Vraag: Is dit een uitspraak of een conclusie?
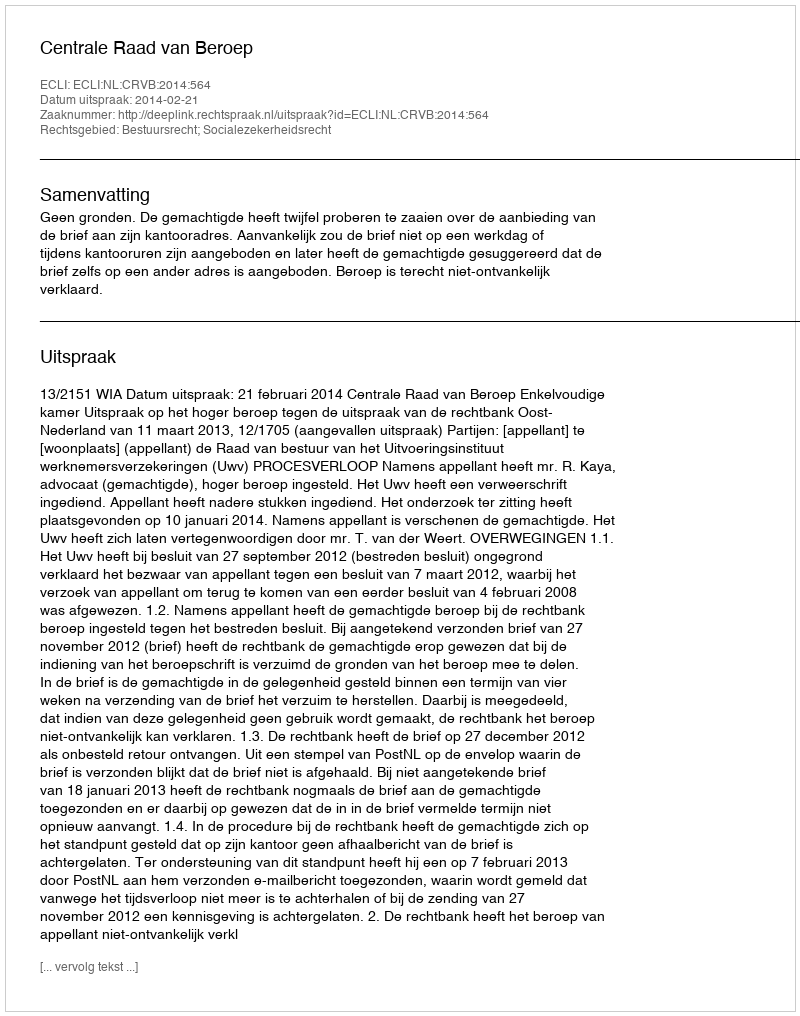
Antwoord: Uitspraak